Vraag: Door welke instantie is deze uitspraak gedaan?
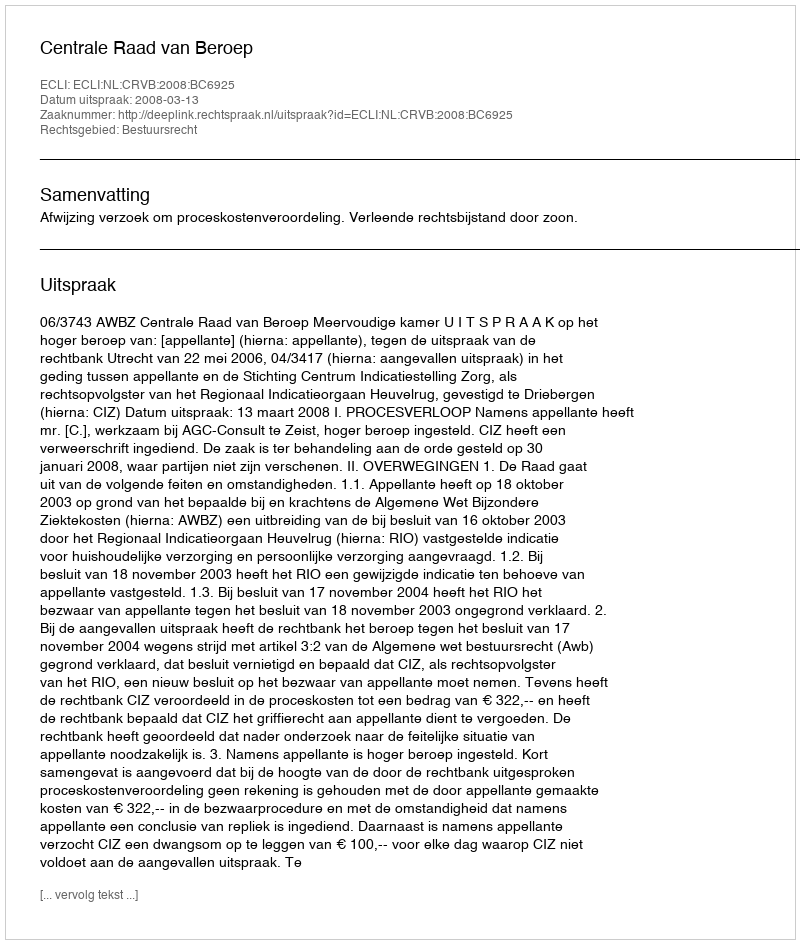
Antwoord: Centrale Raad van Beroep